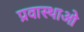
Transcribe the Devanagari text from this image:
प्रवास्थाओ